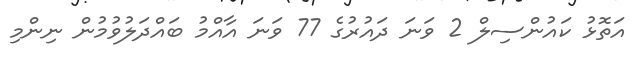
އަތޮޅު ކައުންސިލް 2 ވަނަ ދައުރުގެ 77 ވަނަ އާއްމު ބައްދަލުވުމުން ނިންމި